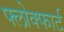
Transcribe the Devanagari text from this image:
फ्लोक्फार्ट